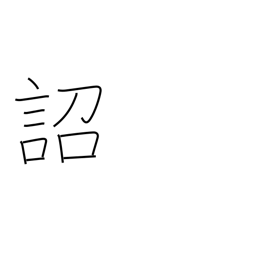
Meaning: imperial edict